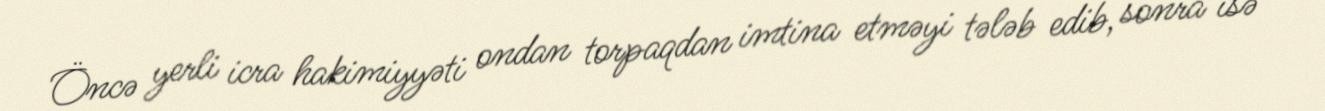
Öncə yerli icra hakimiyyəti ondan torpaqdan imtina etməyi tələb edib, sonra isə